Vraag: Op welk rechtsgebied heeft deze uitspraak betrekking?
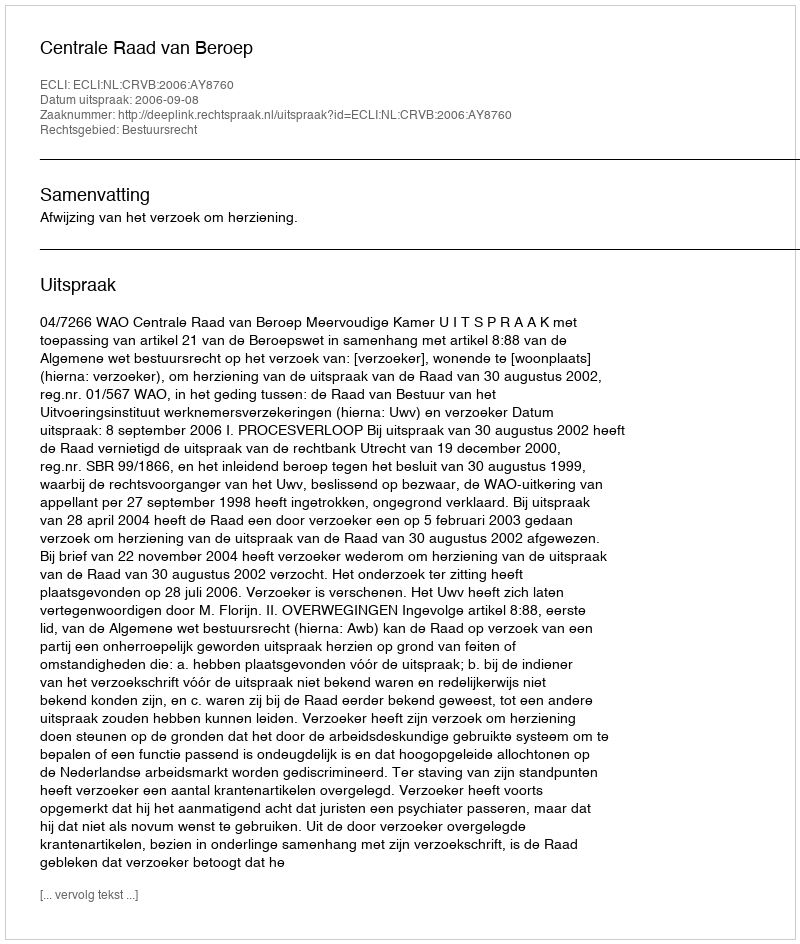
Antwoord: Bestuursrecht